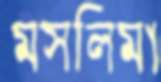
মসলিমা